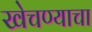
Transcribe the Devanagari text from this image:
खेचण्याचा